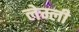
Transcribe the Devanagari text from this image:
लेम्ली